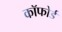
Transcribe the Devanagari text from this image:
कॉफोर्ड